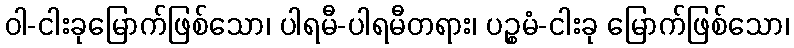
ဝါ-ငါးခုမြောက်ဖြစ်သော၊ ပါရမီ-ပါရမီတရား၊ ပဉ္စမံ-ငါးခု မြောက်ဖြစ်သော၊